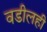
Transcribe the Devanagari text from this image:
वडीलही